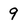
Character: 9